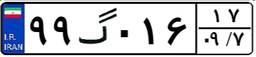
۹۹گ۰۱۶۱۷